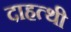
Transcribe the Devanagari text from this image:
दाहत्थी